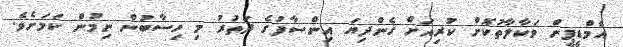
އެމްޑީޕީން ވަކާލާތުކޮށް ކުރިއަށް ގެންދިޔަ އިންސާފުގެ ދަތުރު މި ހިސާބުން ނިމުން ކަމަށެވެ.